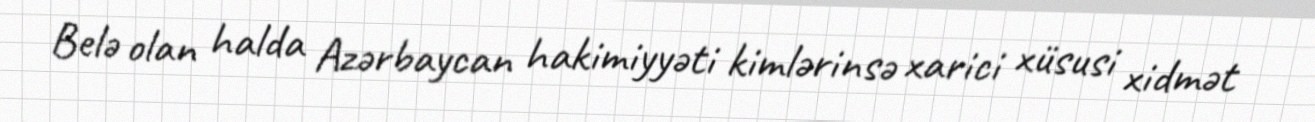
Belə olan halda Azərbaycan hakimiyyəti kimlərinsə xarici xüsusi xidmət